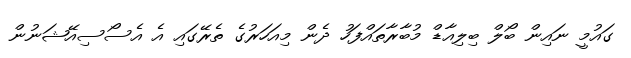
ގައުމީ ނައިން ބޯލް ބިލިއާޑް މުބާރާތައްފަހު ދެން މިއަހަރުގެ ތެރޭގައި އެ އެސޯސިއޭޝަނުން